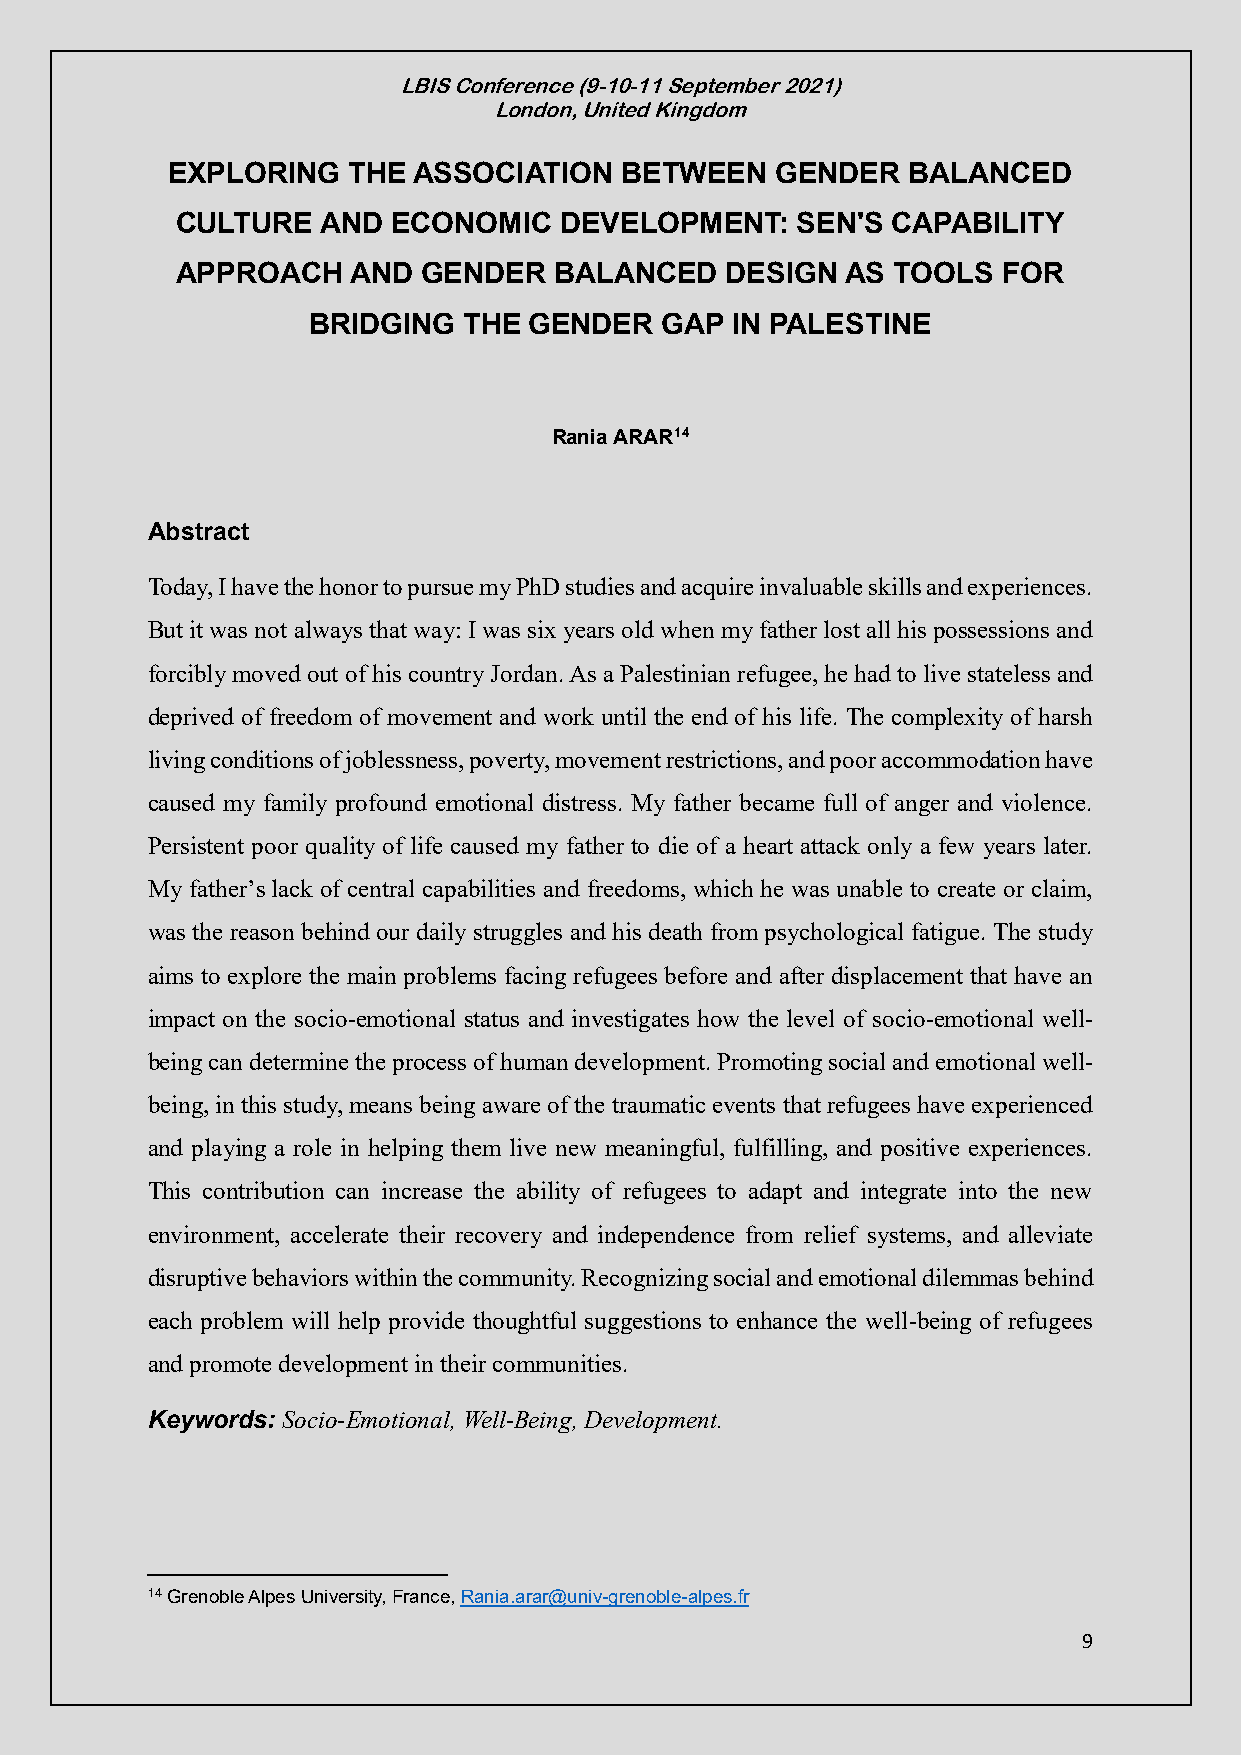
LBIS Conference (9-10-11 September 2021)
 London, United Kingdom
 EXPLORING   THE ASSOCIATION   BETWEEN   GENDER   BALANCED
 CULTURE  AND  ECONOMIC   DEVELOPMENT:    SEN'S CAPABILITY
 APPROACH   AND  GENDER   BALANCED   DESIGN  AS TOOLS  FOR
 BRIDGING   THE GENDER   GAP IN PALESTINE
 Rania ARAR14
 Abstract
 Today, I have the honor to pursue my PhD studies and acquire invaluable skills and experiences.
 But it was not always that way: I was six years old when my father lost all his possessions and
 forcibly moved out of his country Jordan. As a Palestinian refugee, he had to live stateless and
 deprived of freedom of movement and work until the end of his life. The complexity of harsh
 living conditions of joblessness, poverty, movement restrictions, and poor accommodation have
 caused my family profound emotional distress. My father became full of anger and violence.
 Persistent poor quality of life caused my father to die of a heart attack only a few years later.
 My father’s lack of central capabilities and freedoms, which he was unable to create or claim,
 was the reason behind our daily struggles and his death from psychological fatigue. The study
 aims to explore the main problems facing refugees before and after displacement that have an
 impact on the socio-emotional status and investigates how the level of socio-emotional well-
 being can determine the process of human development. Promoting social and emotional well-
 being, in this study, means being aware of the traumatic events that refugees have experienced
 and playing a role in helping them live new meaningful, fulfilling, and positive experiences.
 This contribution can increase the ability of refugees to adapt and integrate into the new
 environment, accelerate their recovery and independence from relief systems, and alleviate
 disruptive behaviors within the community. Recognizing social and emotional dilemmas behind
 each problem will help provide thoughtful suggestions to enhance the well-being of refugees
 and promote development in their communities.
 Keywords: Socio-Emotional, Well-Being, Development.
 14 Grenoble Alpes University, France, Rania.arar@univ-grenoble-alpes.fr
 9